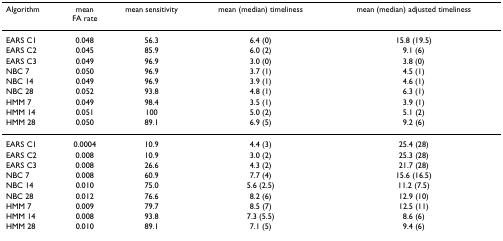
<table><thead><tr><td><b>Algorithm</b></td><td><b>meanFA rate</b></td><td><b>mean sensitivity</b></td><td><b>mean (median) timeliness</b></td><td><b>mean (median) adjusted timeliness</b></td></tr></thead><tbody><tr><td>EARS C1</td><td>0.048</td><td>56.3</td><td>6.4 (0)</td><td>15.8 (19.5)</td></tr><tr><td>EARS C2</td><td>0.045</td><td>85.9</td><td>6.0 (2)</td><td>9.1 (6)</td></tr><tr><td>EARS C3</td><td>0.049</td><td>96.9</td><td>3.0 (0)</td><td>3.8 (0)</td></tr><tr><td>NBC 7</td><td>0.050</td><td>96.9</td><td>3.7 (1)</td><td>4.5 (1)</td></tr><tr><td>NBC 14</td><td>0.049</td><td>96.9</td><td>3.9 (1)</td><td>4.6 (1)</td></tr><tr><td>NBC 28</td><td>0.052</td><td>93.8</td><td>4.8 (1)</td><td>6.3 (1)</td></tr><tr><td>HMM 7</td><td>0.049</td><td>98.4</td><td>3.5 (1)</td><td>3.9 (1)</td></tr><tr><td>HMM 14</td><td>0.051</td><td>100</td><td>5.0 (2)</td><td>5.1 (2)</td></tr><tr><td>HMM 28</td><td>0.050</td><td>89.1</td><td>6.9 (5)</td><td>9.2 (6)</td></tr><tr><td>EARS C1</td><td>0.0004</td><td>10.9</td><td>4.4 (3)</td><td>25.4 (28)</td></tr><tr><td>EARS C2</td><td>0.008</td><td>10.9</td><td>3.0 (2)</td><td>25.3 (28)</td></tr><tr><td>EARS C3</td><td>0.008</td><td>26.6</td><td>4.3 (2)</td><td>21.7 (28)</td></tr><tr><td>NBC 7</td><td>0.008</td><td>60.9</td><td>7.7 (4)</td><td>15.6 (16.5)</td></tr><tr><td>NBC 14</td><td>0.010</td><td>75.0</td><td>5.6 (2.5)</td><td>11.2 (7.5)</td></tr><tr><td>NBC 28</td><td>0.012</td><td>76.6</td><td>8.2 (6)</td><td>12.9 (10)</td></tr><tr><td>HMM 7</td><td>0.009</td><td>79.7</td><td>8.5 (7)</td><td>12.5 (11)</td></tr><tr><td>HMM 14</td><td>0.008</td><td>93.8</td><td>7.3 (5.5)</td><td>8.6 (6)</td></tr><tr><td>HMM 28</td><td>0.010</td><td>89.1</td><td>7.1 (5)</td><td>9.4 (6)</td></tr></tbody></table>